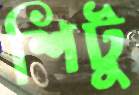
শিটু